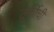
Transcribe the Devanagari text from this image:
तुर्कीची